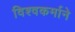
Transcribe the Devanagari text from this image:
विश्वकर्माने